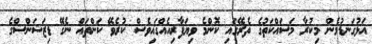
އަޅުގަނޑުމެން މިކުރާ މަސައްކަތުގެ ތެރޭގައި ކޮންމެ ވިޔަފާރިއެއްގައިވެސް ކުރެވޭ ކަންތައް ނެގޭ ޑިޒަޝަންސްގެ